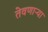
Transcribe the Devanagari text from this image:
तेवणाऱ्या